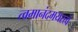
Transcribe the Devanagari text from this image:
त्वमानंदमयस्त्वं